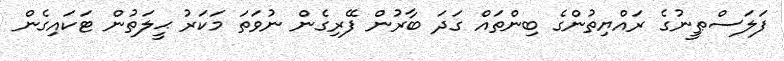
ފަލަސްޠީނުގެ ރައްޔިތުންގެ ބިންތައް ގަދަ ބާރުން ފޭރިގެން ނުވަތަ މަކަރު ޙީލަތުން ޓަކައިގެން